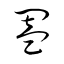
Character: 闔